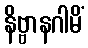
နိဗ္ဗာနဂါမိံ